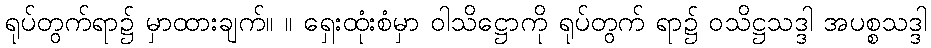
ရုပ်တွက်ရာ၌ မှာထားချက်။ ။ ရှေးထုံးစံမှာ ဝါသိဋ္ဌောကို ရုပ်တွက် ရာ၌ ဝသိဋ္ဌသဒ္ဒါ အပစ္စသဒ္ဒါ